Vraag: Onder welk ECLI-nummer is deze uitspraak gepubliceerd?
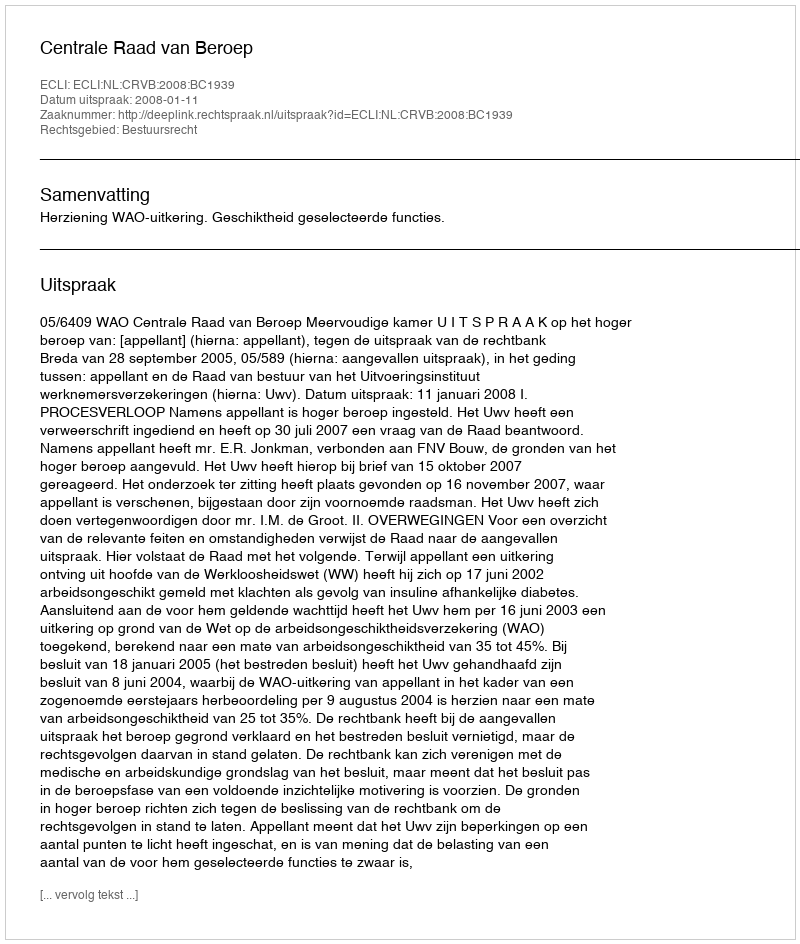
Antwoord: ECLI:NL:CRVB:2008:BC1939